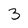
Character: 3